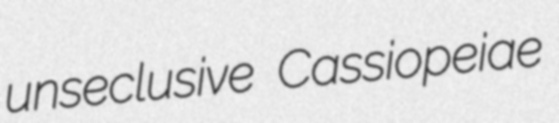
unseclusive Cassiopeiae